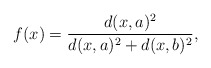
\begin{align*}f(x) = \frac{d(x,a)^2}{d(x,a)^2 +d(x,b)^2},\end{align*}